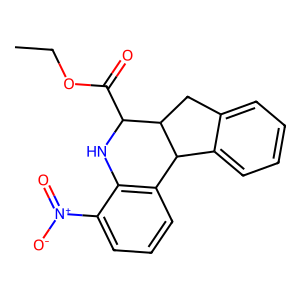
SMILES: CCOC(=O)C1Nc2c(cccc2[N+](=O)[O-])C2c3ccccc3CC12
Inhibits HIV replication: No